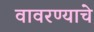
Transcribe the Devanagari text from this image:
वावरण्याचे